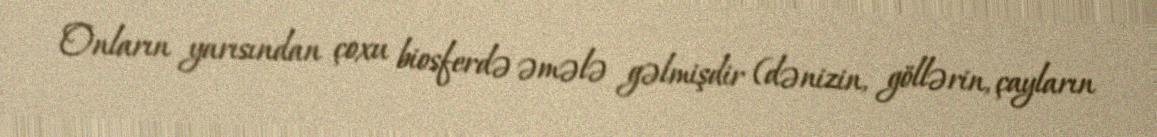
Onların yarısından çoxu biosferdə əmələ gəlmişdir (dənizin, göllərin, çayların